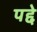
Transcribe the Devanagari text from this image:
पद्दे